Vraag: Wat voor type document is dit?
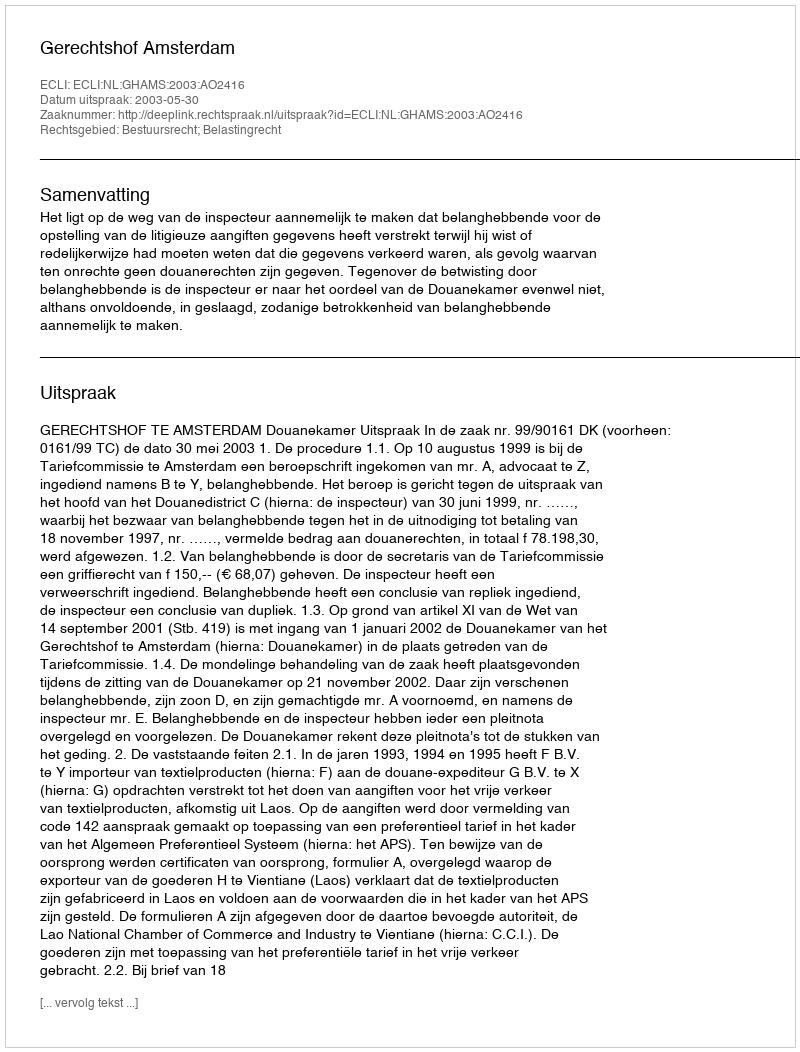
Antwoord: Uitspraak